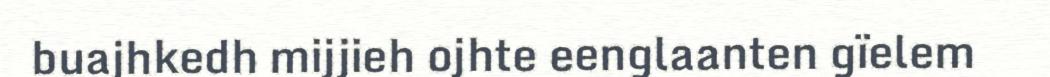
buajhkedh mijjieh ojhte eenglaanten gïelem